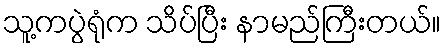
သူ့ကပွဲရုံက သိပ်ပြီး နာမည်ကြီးတယ်။